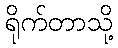
ရိုက်တာသို့